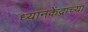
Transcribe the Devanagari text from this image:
ध्यानकेंद्राच्या